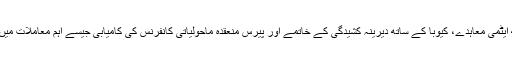
خارجہ پالیسی میں اوباما ایران کے ساتھ ایٹمی معاہدے، کیوبا کے ساتھ دیرینہ کشیدگی کے خاتمے اور پیرس منعقدہ ماحولیاتی کانفرنس کی کامیابی جیسے اہم معاملات میں اپنی کامیابیوں کا حوالہ دے سکتے ہیں۔